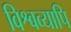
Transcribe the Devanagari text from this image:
विश्वव्यापि